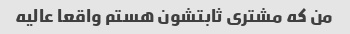
من که مشتری ثابتشون هستم واقعا عالیه